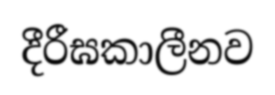
දීරීඝකාලීනව